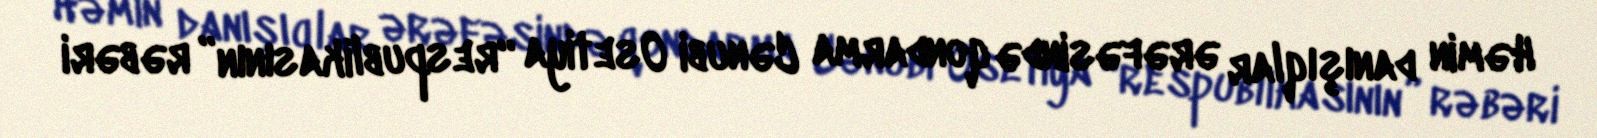
Həmin danışıqlar ərəfəsində qondarma Cənubi Osetiya “respublikasının” rəbəri